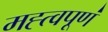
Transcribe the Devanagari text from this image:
मह्त्वपूण॑